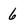
Character: 6